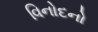
વિનોદનો